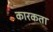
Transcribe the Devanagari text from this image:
कारकता